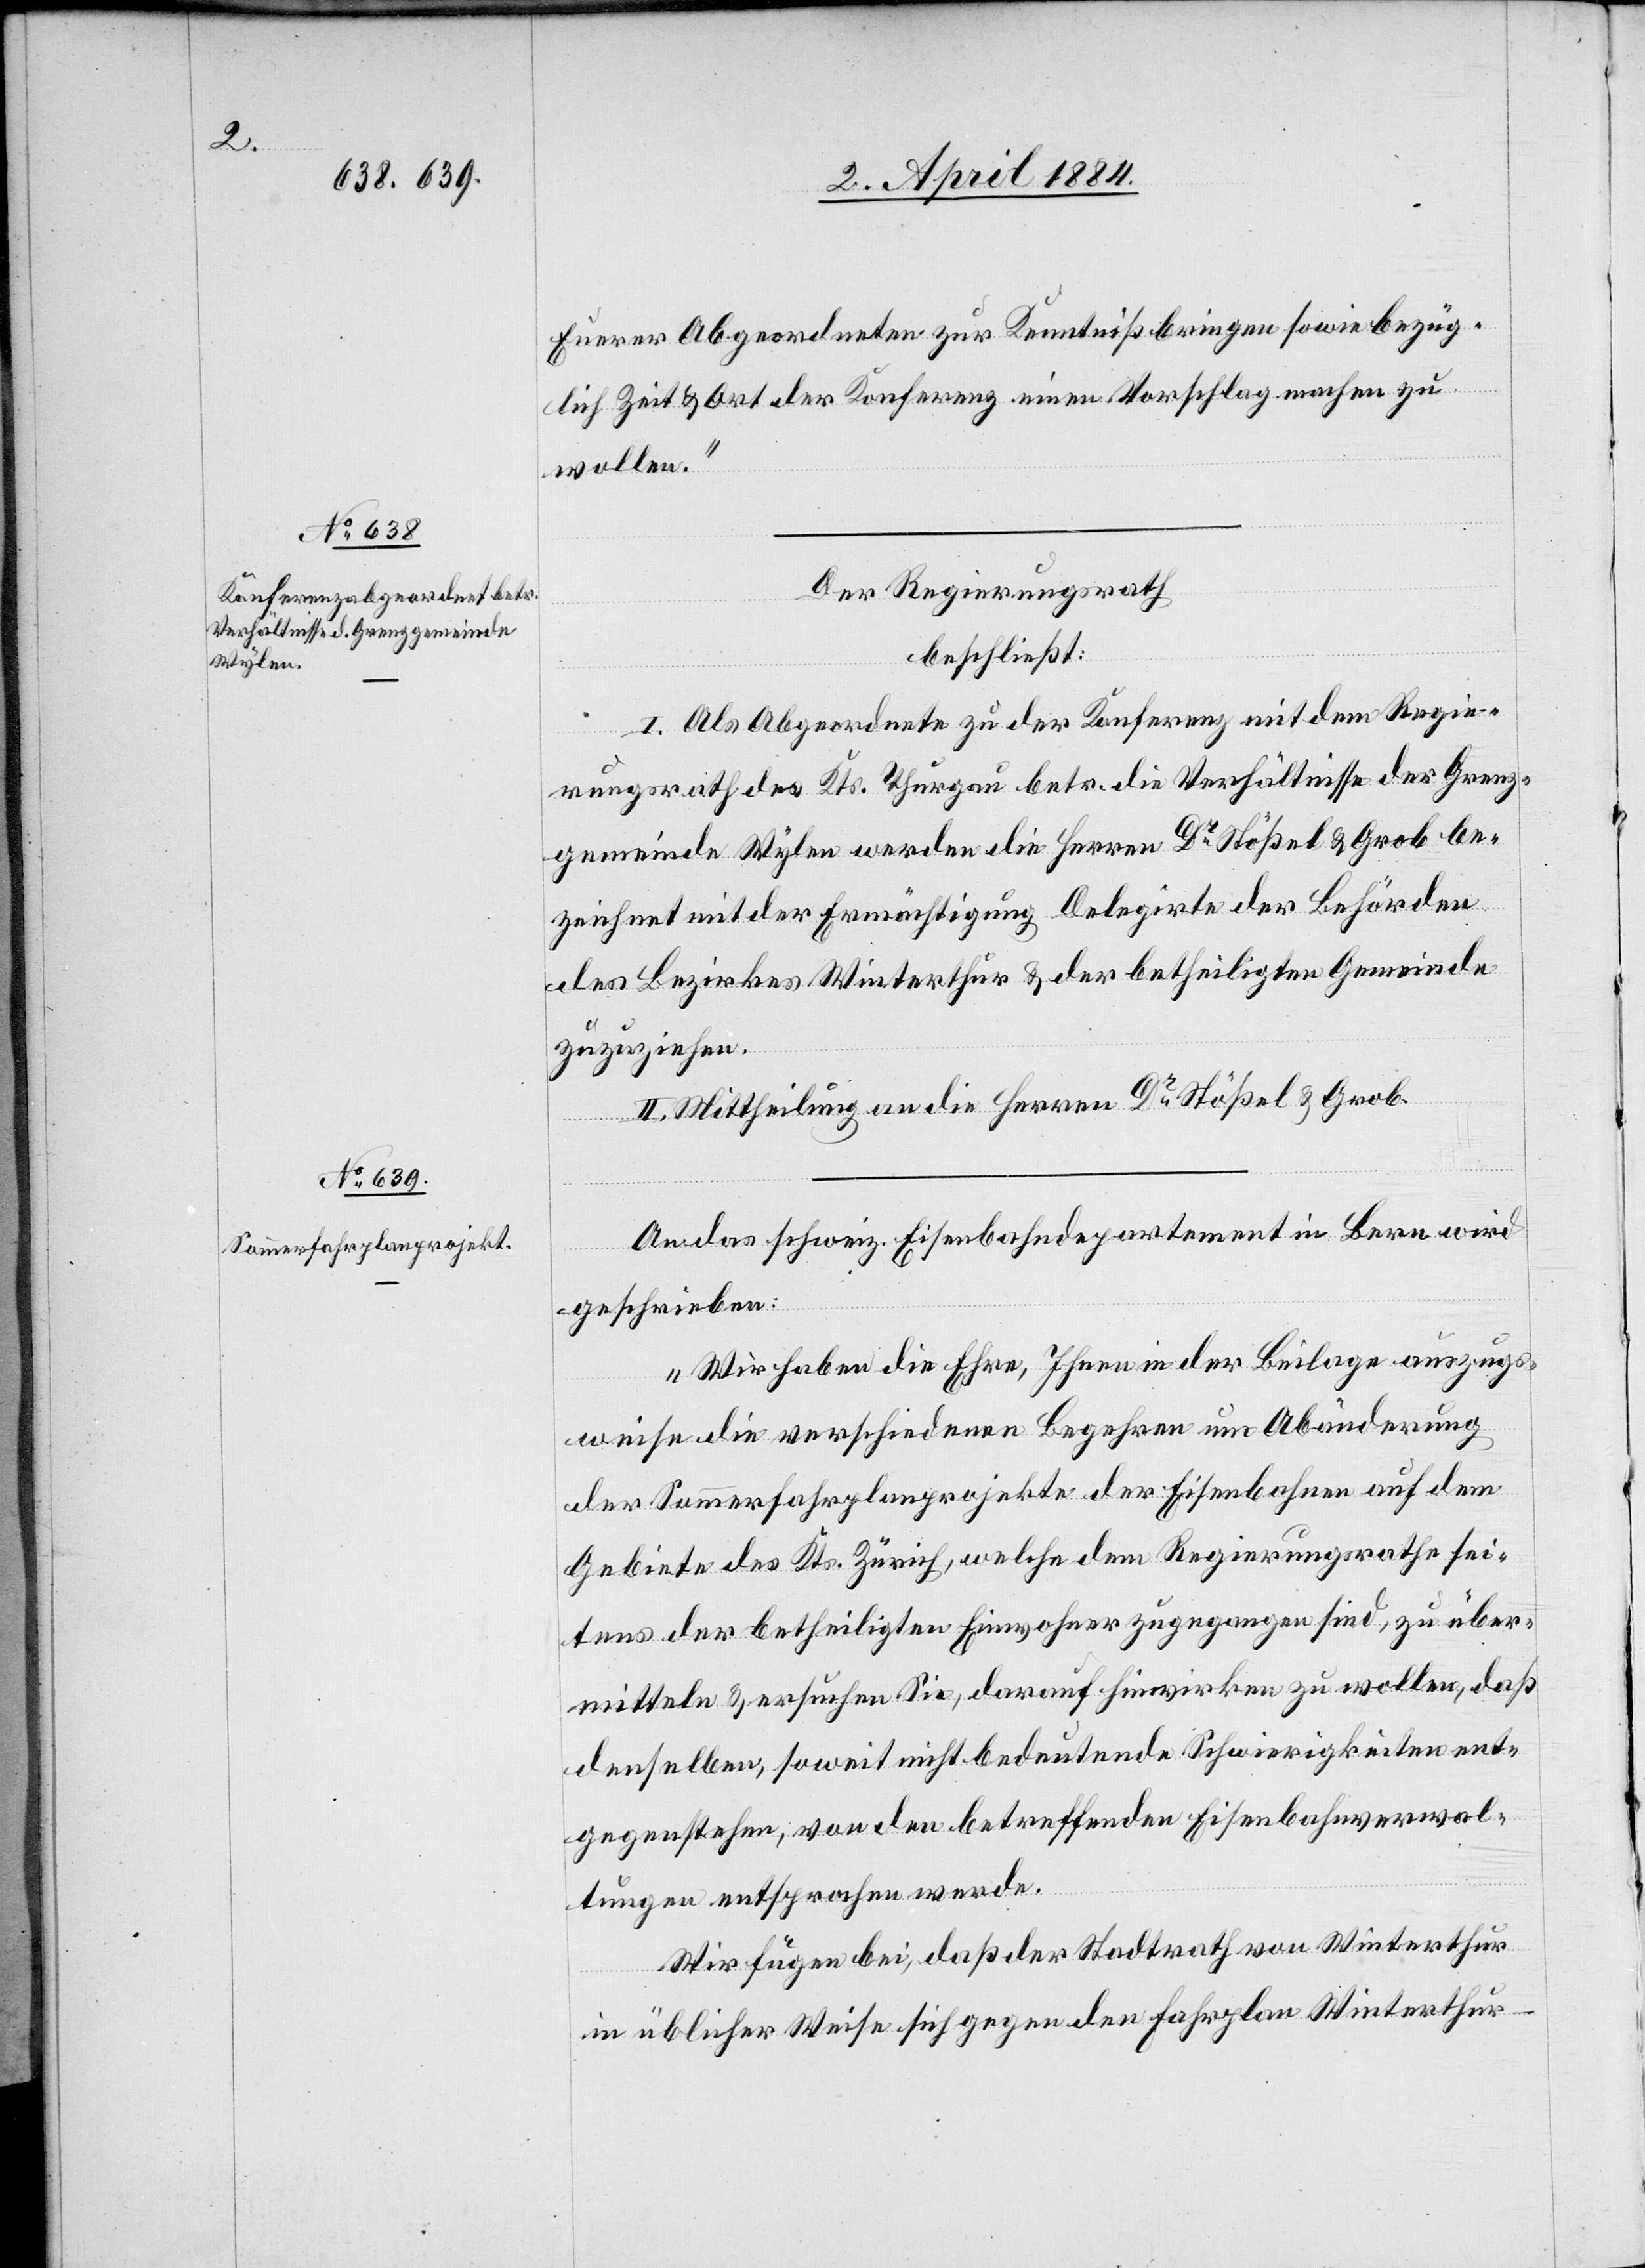
Eurer Abgeordneten zur Kenntniß bringen sowie bezüg¬
lich Zeit & Ort der Konferenz einen Vorschlag machen zu
wollen.“
Der Regierungsrath
beschließt:
I. Als Abgeordneter zu der Konferenz mit dem Regie¬
rungsrath des Kts. Thurgau betr. die Verhältnisse der Grenz¬
gemeinde Wylen werden die Herren Dr Stößel & Grob be¬
zeichnet mit der Ermächtigung Delegirte der Behörden
des Bezirkes Winterthur & der betheiligten Gemeinde
zuzuziehen.
II. Mittheilung an die Herren Dr Stößel & Grob.
An das schweiz. Eisendepartement in Bern wird
geschrieben:
„Wir haben die Ehre, Ihnen in der Beilage auszugs¬
weise die verschiedenen Begehren um Abänderung
der Sommerfahrplanprojekte der Eisenbahnen auf dem
Gebiete des Kts. Zürich, welche dem Regierungsrathe sei¬
tens der betheiligten Einwohner zugegangen sind, zu über¬
mitteln & ersuchen Sie, darauf hinwirken zu wollen, daß
denselben, soweit nicht bedeutende Schwierigkeiten ent¬
gegenstehen, von den betreffenden Eisenbahnverwal¬
tungen entsprochen werde.
Wir fügen bei, daß der Stadtrath von Winterthur
in üblicher Weise sich gegen den Fahrplan Winterthur–